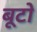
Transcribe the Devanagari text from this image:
बूटो